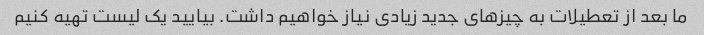
ما بعد از تعطیلات به چیزهای جدید زیادی نیاز خواهیم داشت. بیایید یک لیست تهیه کنیم